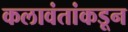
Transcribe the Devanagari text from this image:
कलावंतांकडून